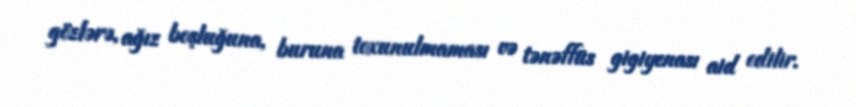
gözlərə, ağız boşluğuna, buruna toxunulmaması və tənəffüs gigiyenası aid edilir.